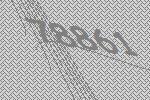
78861